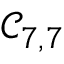
\mathcal { C } _ { 7 , 7 }